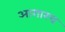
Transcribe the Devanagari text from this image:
आगारच